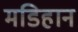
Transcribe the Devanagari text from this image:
मडिहान